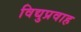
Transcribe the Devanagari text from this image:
विद्युप्रवाह